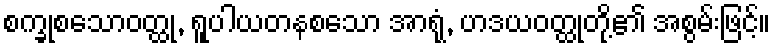
စက္ခုစသောဝတ္ထု, ရူပါယတနစသော အာရုံ, ဟဒယဝတ္ထုတို့၏ အစွမ်းဖြင့်။